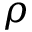
\rho